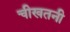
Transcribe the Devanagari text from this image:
चीखतनी